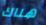
هناك